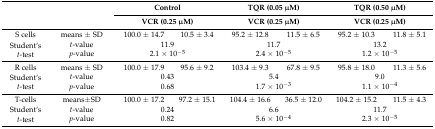
|  |  | <COLSPAN=2> Control | <COLSPAN=2> TQR (0.05 μM) | <COLSPAN=2> TQR (0.50 μM) |
 |  |  | <COLSPAN=2> VCR (0.25 μM) | <COLSPAN=2> VCR (0.25 μM) | <COLSPAN=2> VCR (0.25 μM) |
 | --- | --- | --- | --- | --- | --- | --- | --- |
 | S cells | means ± SD | 100.0 ± 14.7 | 10.5 ± 3.4 | 95.2 ± 12.8 | 11.5 ± 6.5 | 95.2 ± 10.3 | 11.8 ± 5.1 |
 | <ROWSPAN=2> Student‘s t-test | t-value | <COLSPAN=2> 11.9 | <COLSPAN=2> 11.7 | <COLSPAN=2> 13.2 |
 | p-value | <COLSPAN=2> 2.1 × 10−5 | <COLSPAN=2> 2.4 × 10−5 | <COLSPAN=2> 1.2 × 10−5 |
 | R cells | means ± SD | 100.0 ± 17.9 | 95.6 ± 9.2 | 103.4 ± 9.3 | 67.8 ± 9.5 | 95.8 ± 18.0 | 11.3 ± 5.6 |
 | <ROWSPAN=2> Student‘s t-test | t-value | <COLSPAN=2> 0.43 | <COLSPAN=2> 5.4 | <COLSPAN=2> 9.0 |
 | p-value | <COLSPAN=2> 0.68 | <COLSPAN=2> 1.7 × 10−3 | <COLSPAN=2> 1.1 × 10−4 |
 | T-cells | means±SD | 100.0 ± 17.2 | 97.2 ± 15.1 | 104.4 ± 16.6 | 36.5 ± 12.0 | 104.2 ± 15.2 | 11.5 ± 4.3 |
 | <ROWSPAN=2> Student‘s t-test | t-value | <COLSPAN=2> 0.24 | <COLSPAN=2> 6.6 | <COLSPAN=2> 11.7 |
 | p-value | <COLSPAN=2> 0.82 | <COLSPAN=2> 5.6 × 10−4 | <COLSPAN=2> 2.3 × 10−5 |